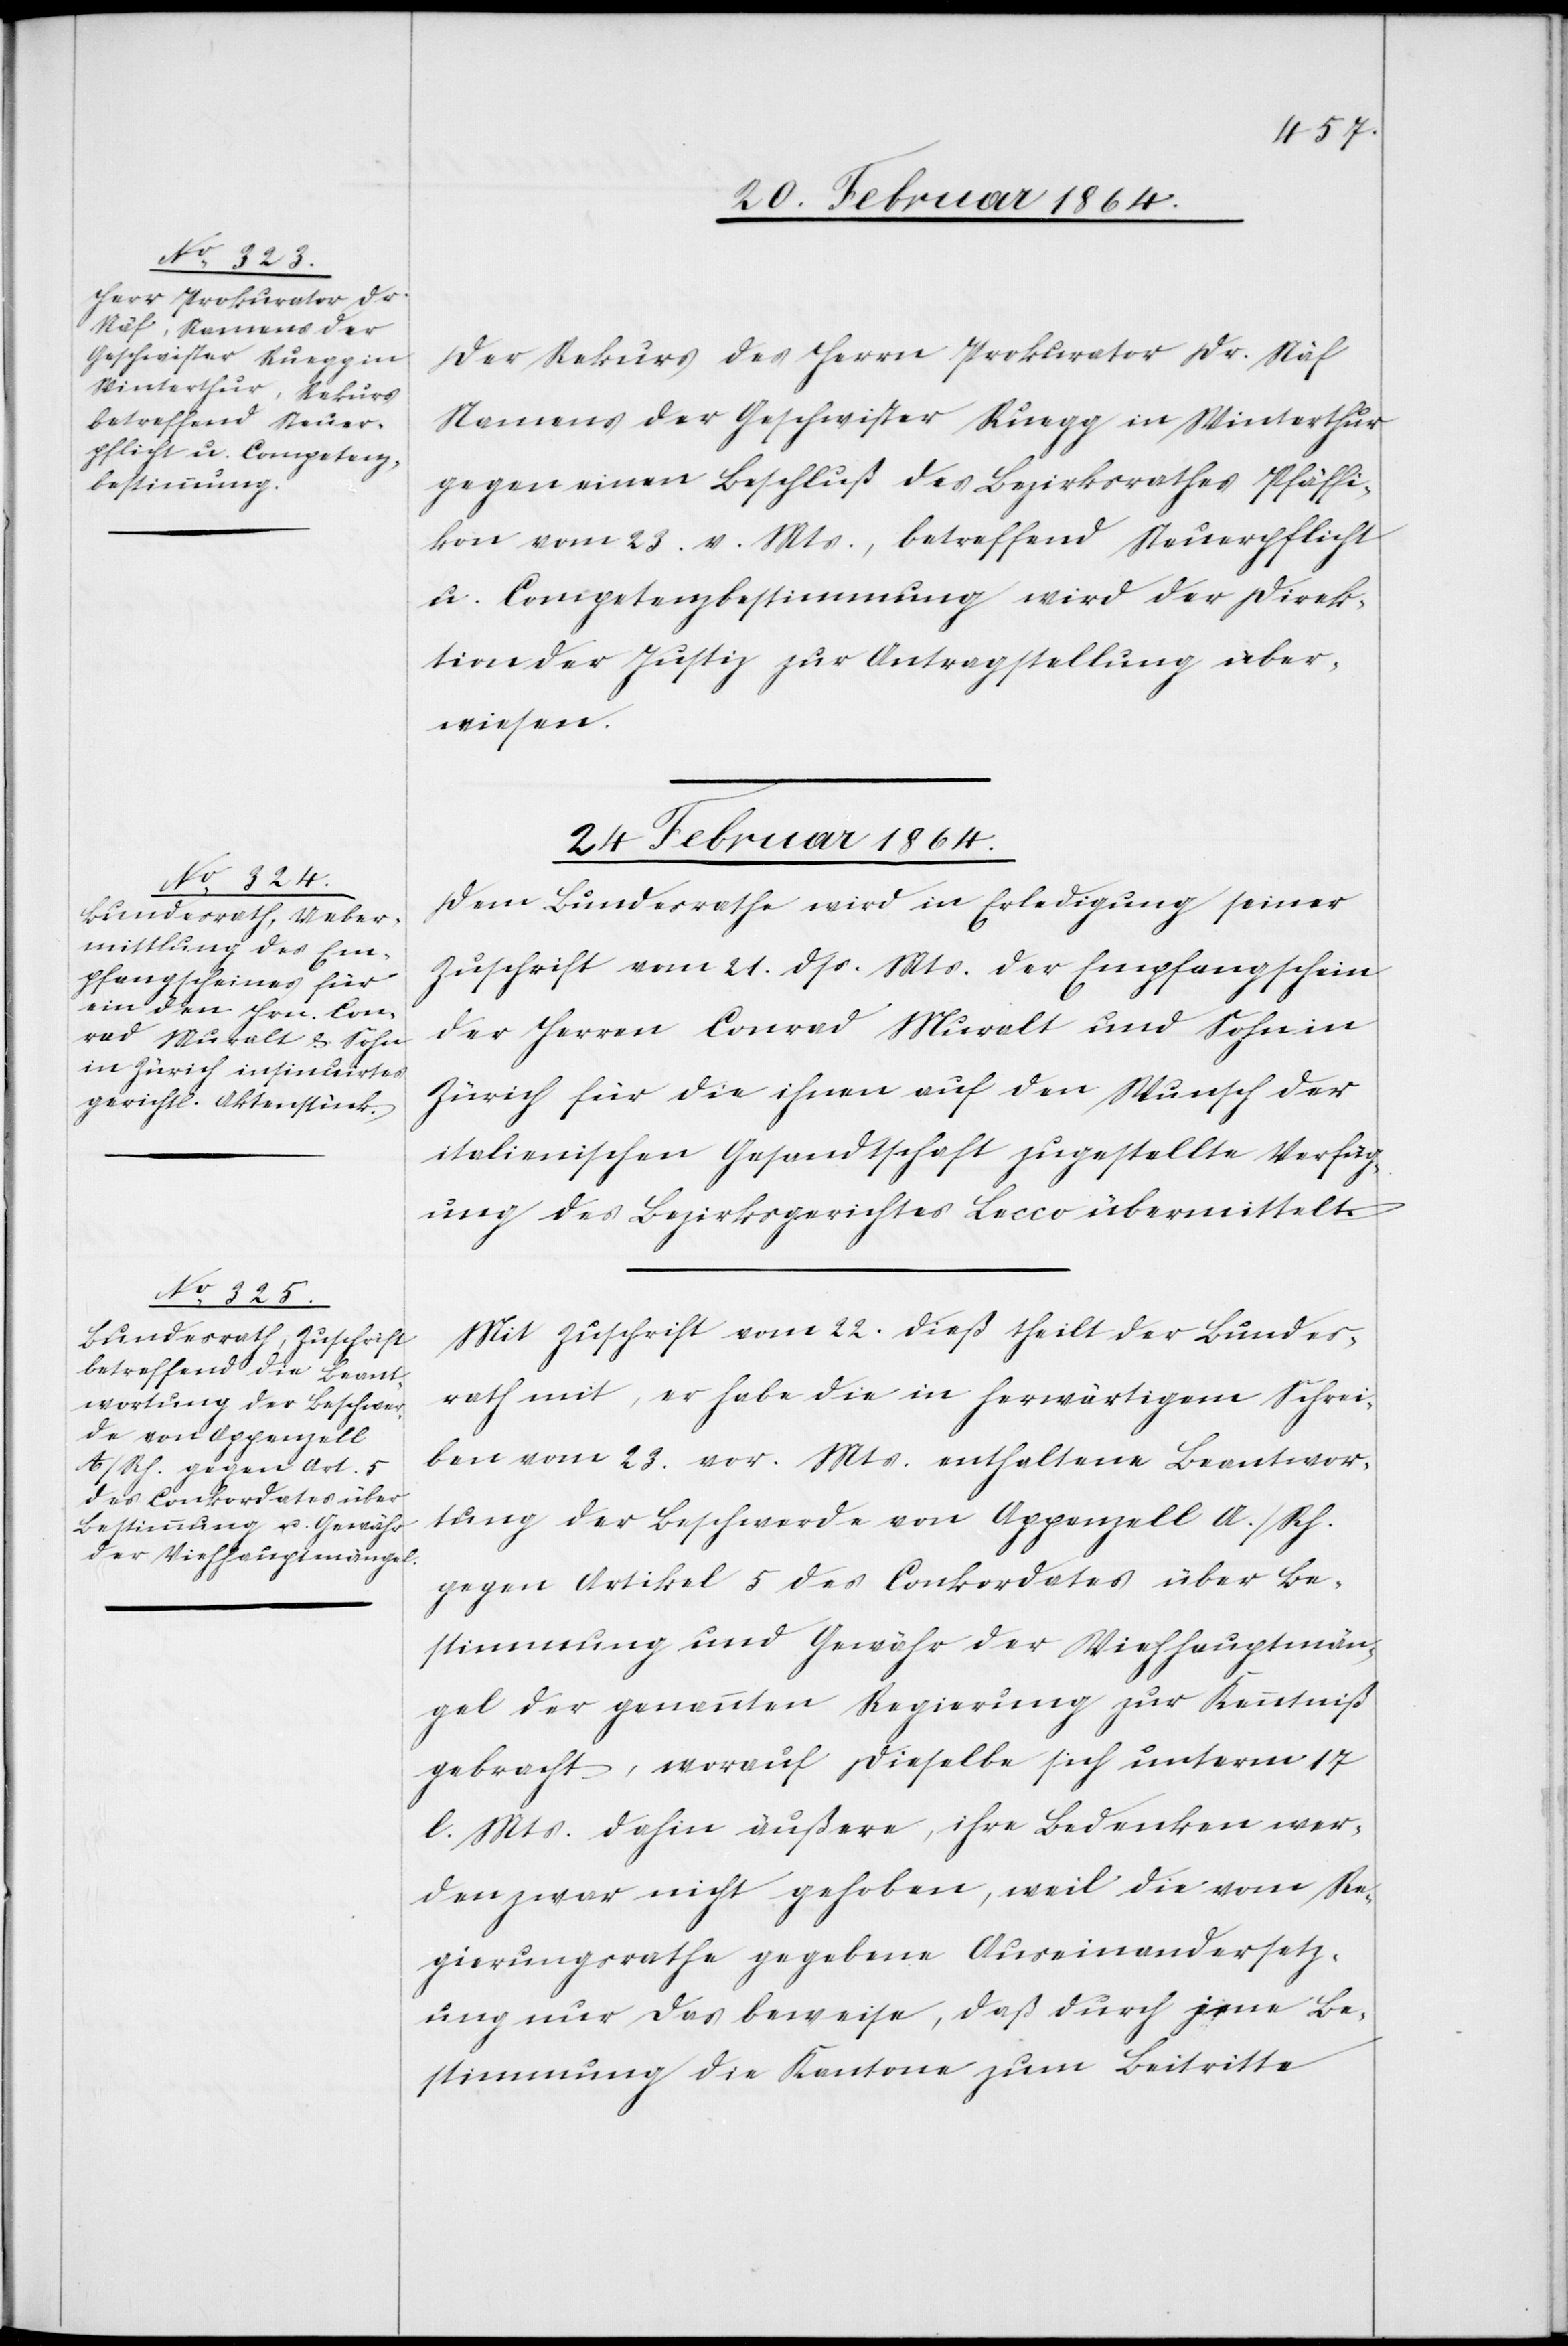
Der Rekurs des Herrn Prokurator Dr. Näf
Namens der Geschwister Ruegg in Winterthur
gegen einen Beschluß des Bezirksrathes Pfäffi¬
kon vom 23. v. Mts., betreffend Steuerpflicht
u. Competenzbestimmung wird der Direk¬
tion der Justiz zur Antragstellung über¬
wiesen.
24. Februar 1864.]
Dem Bundesrathe wird in Erledigung seiner
Zuschrift vom 21. dss. Mts. der Empfangschein
der Herren Conrad Muralt und Sohn in
Zürich für die ihnen auf den Wunsch der
italienischen Gesandtschaft zugestellte Verfüg¬
ung des Bezirksgerichtes Lecco übermittelt.
Mit Zuschrift vom 22. dieß theilt der Bundes¬
rath mit, er habe die in herwärtigem Schrei¬
ben vom 23. vor. Mts. enthaltene Beantwor¬
tung der Beschwerde von Appenzell A./Rh.
gegen Artikel 5 des Conkordates über Be¬
stimmung und Gewähr der Viehhauptmän¬
gel der genannten Regierung zur Kenntniß
gebracht, worauf dieselbe sich unterm 17
l. Mts. dahin äußere, ihre Bedenken wer¬
den zwar nicht gehoben, weil die vom Re¬
gierungsrathe gegebene Auseinandersetz¬
ung nur das beweise, daß durch jene Be¬
stimmung die Kantone zum Beitritte